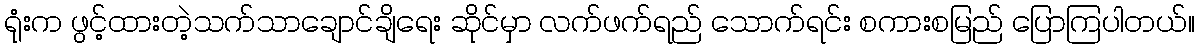
ရုံးက ဖွင့်ထားတဲ့သက်သာချောင်ချိရေး ဆိုင်မှာ လက်ဖက်ရည် သောက်ရင်း စကားစမြည် ပြောကြပါတယ်။